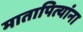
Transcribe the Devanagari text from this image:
मातापित्यांना